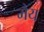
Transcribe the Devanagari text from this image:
मैय